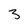
Character: 3